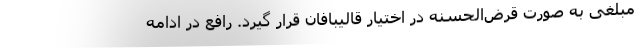
مبلغی به صورت قرض‌الحسنه در اختیار قالیبافان قرار گیرد. رافع در ادامه